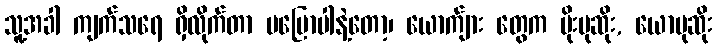
သူ့အခါ ကျက်သရေ ရှိလိုက်တာ မပြောပါနဲ့တော့၊ ယောက်ျား တွေက ပိုးပုဆိုး, ယောပုဆိုး